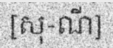
[សុ-ណី]